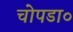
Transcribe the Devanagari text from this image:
चोपडा०